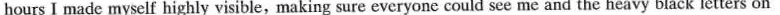
hours I made myself highly visible, making sure everyone could see me and the heavy black letters on